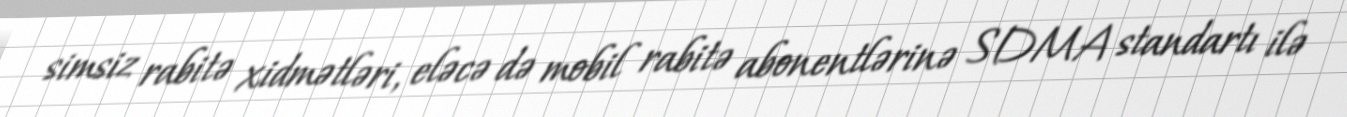
simsiz rabitə xidmətləri, eləcə də mobil rabitə abonentlərinə SDMA standartı ilə